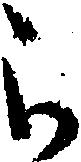
被